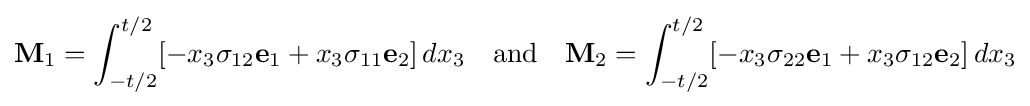
\mathbf {M} _{1}=\int _{-t/2}^{t/2}[-x_{3}\sigma _{12}\mathbf {e} _{1}+x_{3}\sigma _{11}\mathbf {e} _{2}]\,dx_{3}\quad {\text{and}}\quad \mathbf {M} _{2}=\int _{-t/2}^{t/2}[-x_{3}\sigma _{22}\mathbf {e} _{1}+x_{3}\sigma _{12}\mathbf {e} _{2}]\,dx_{3}